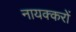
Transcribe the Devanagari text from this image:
नायक्करों